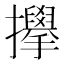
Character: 𫾜